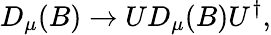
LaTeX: D_{\mu}(B)\rightarrow UD_{\mu}(B)U^{\dagger},